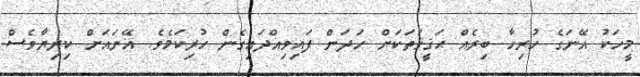
މީހަކު އޭނަގެ ހުރިހާ ބިރެއް ޙަޤީޤަތަކަށް ހަދަން ފައިވިއްދައިގެން ހުރިކަމެވެ. އޭނައަށް ކިރިޔާވެސް